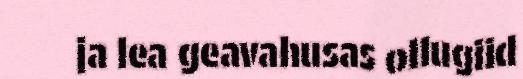
ja lea geavahusas ollugiid